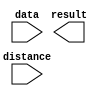
module zxw_rotate (
	data,
	distance,
	result);

	input	[15:0]  data;
	input	[3:0]  distance;
	output	[15:0]  result;

endmodule